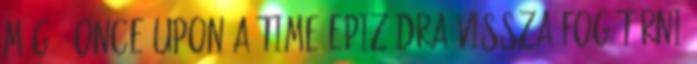
még 2 Once Upon A Time-epizódra vissza fog térni